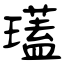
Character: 瓂